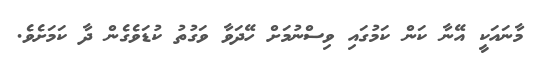
މާނައަކީ އޭނާ ކަން ކަމުގައި ވިސްނުމަށް ހޭދަވާ ވަގުތު ކުޑަވެގެން ދާ ކަމަށެވެ.